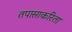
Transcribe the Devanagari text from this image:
तपासाकरिता